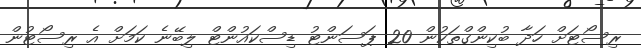
ރިސޯޓަށް ހަދާ ބުކިންގްތަކުން 20 ޕަސަންޓު ޑިސްކައުންޓް ލިބޭނެ ކަމަށް އެ ރިސޯޓުން